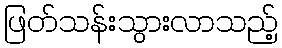
ဖြတ်သန်းသွားလာသည့်